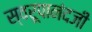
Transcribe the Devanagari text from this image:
स्वरूपानंदजी